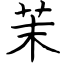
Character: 茉